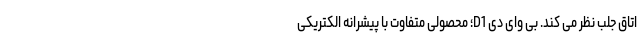
اتاق جلب نظر می کند. بی وای دی D1؛ محصولی متفاوت با پیشرانه الکتریکی